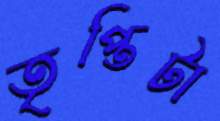
তৃপ্তিটা